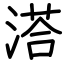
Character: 溚